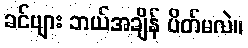
ခင်ဗျား ဘယ်အချိန် ပိတ်မလဲ။